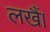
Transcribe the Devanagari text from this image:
लखैं।